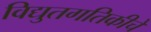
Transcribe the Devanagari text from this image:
विद्युतगतिकीचे